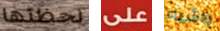
لحظتها على واشياء